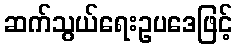
ဆက်သွယ်ရေးဥပဒေဖြင့်